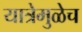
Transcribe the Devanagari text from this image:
यात्रेमुळेच